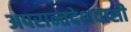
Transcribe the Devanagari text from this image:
अपरान्तदेशवासी